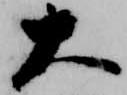
大